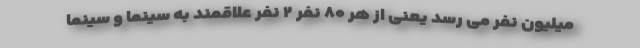
میلیون نفر می رسد یعنی از هر ۸۰ نفر ۲ نفر علاقمند به سینما و سینما